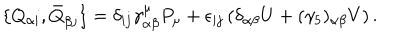
LaTeX: \{ Q _ { \alpha i } , \bar { Q } _ { \beta j } \} = \delta _ { i j } \gamma _ { \alpha \beta } ^ { \mu } P _ { \mu } + \epsilon _ { i j } \left( \delta _ { \alpha \beta } U + ( \gamma _ { 5 } ) _ { \alpha \beta } V \right) .